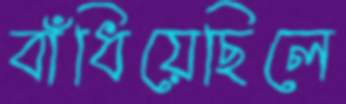
বাঁধিয়েছিলে